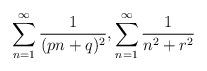
LaTeX: \begin{align*}\sum_{n=1}^{\infty}\frac{1}{(p n+q)^2},\sum_{n=1}^{\infty}\frac{1}{n^2+r^2}\end{align*}